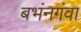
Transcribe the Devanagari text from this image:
बभंनगंवा